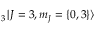
_ { 3 } \mathinner { | { J = 3 , m _ { J } = \{ 0 , 3 \} } \rangle }